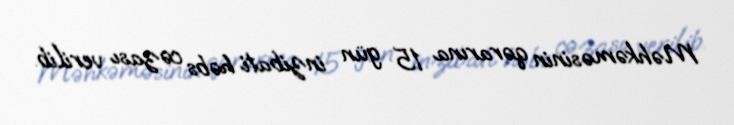
Məhkəməsinin qərarına 15 gün inzibati həbs cəzası verilib.